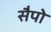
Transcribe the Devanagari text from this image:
सैपो